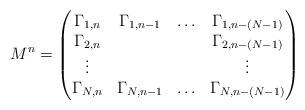
LaTeX: \begin{align*}M^n =\begin{pmatrix}\Gamma_{1,n} & \Gamma_{1,n-1} & \ldots & \Gamma_{1,n-(N-1)} \\\Gamma_{2,n} & ~ & ~ & \Gamma_{2,n-(N-1)} \\\vdots & ~ & ~ & \vdots \\\Gamma_{N,n} & \Gamma_{N,n-1} & \ldots & \Gamma_{N,n-(N-1)}\end{pmatrix}\end{align*}